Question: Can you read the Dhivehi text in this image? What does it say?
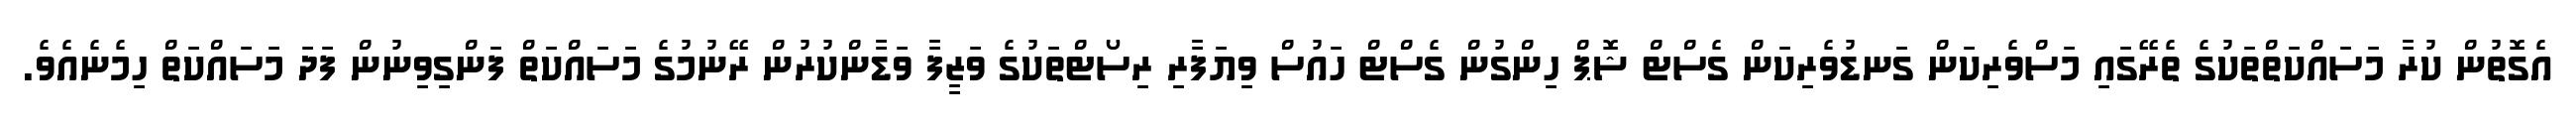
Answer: އެގޮތުން ކުރާ މަސައްކަތްތަކުގެ ތެރޭގައި މަސްވެރިކަން ގަނޑުވެރިކަން ގެސްޓް ޝޮޕް ހިންގުން ގެސްޓް ހައުސް ވިޔަފާރި ރިސޯޓްތަކުގެ ވަޒީފާ ވަޑާންކުރުން ރޭނުމުގެ މަސައްކަތް ފަންގިވިނުން ފަދަ މަސައްކަތް ހިމެނެއެވެ.